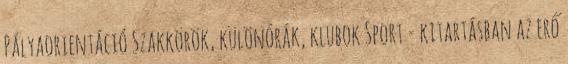
Pályaorientáció Szakkörök, különórák, klubok Sport - kitartásban az erő